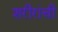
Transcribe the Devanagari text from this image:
शरीरांची